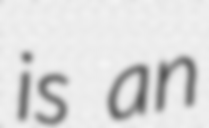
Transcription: is an